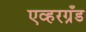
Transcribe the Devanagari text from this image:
एव्हरग्रँड